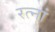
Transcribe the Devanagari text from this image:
रत्‍नां